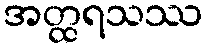
အတ္ထရသဿ